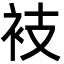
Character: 衼